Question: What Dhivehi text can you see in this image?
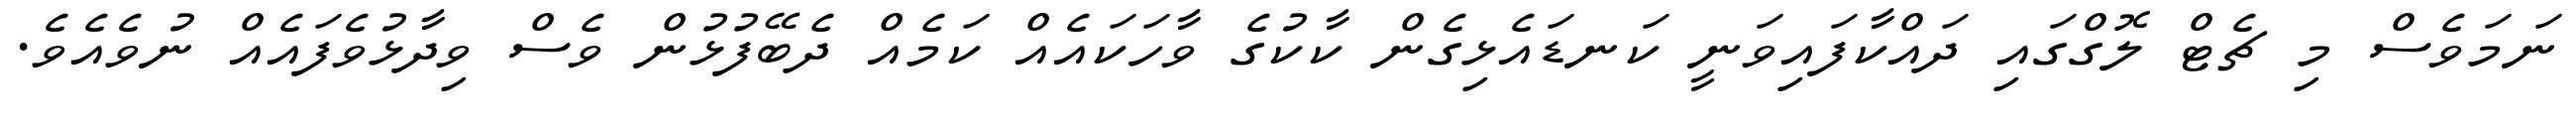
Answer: ނަމަވެސް މި ޗެޓް ލޮގްގައި ދައްކާފައިވަނީ ކަނޑައެޅިގެން ކާކުގެ ވާހަކައެއް ކަމެއް ދެބޭފުޅުން ވެސް ވިދާޅުވެފައެއް ނުވެއެވެ.